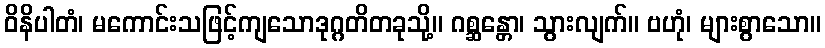
ဝိနိပါတံ၊ မကောင်းသဖြင့်ကျသောဒုဂ္ဂတိတခုသို့။ ဂစ္ဆန္တော၊ သွားလျက်။ ဗဟုံ၊ များစွာသော။